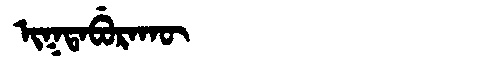
Manchu: ᡳᡴᡨᠠᠪᡠᡵᠠᡴᡡ
Romanization: IKTABURAKŪ